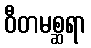
ဝီတမစ္ဆရာ